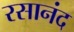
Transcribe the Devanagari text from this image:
रसानंद